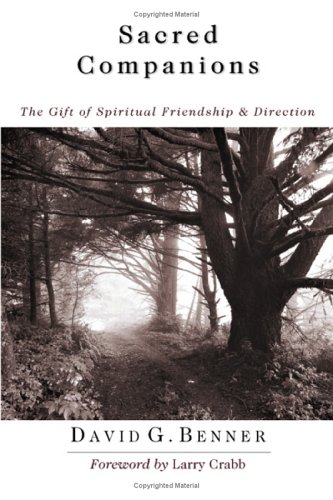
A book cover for Sacred Companions: The Gift of Spiritual Friendship  Direction; David G. Benner; Self-Help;